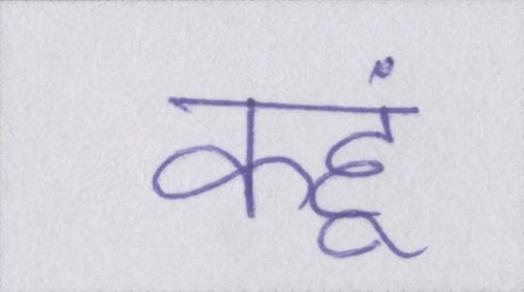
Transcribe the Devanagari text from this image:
कहूं